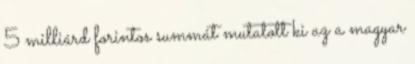
5 milliárd forintos summát mutatott ki az a magyar